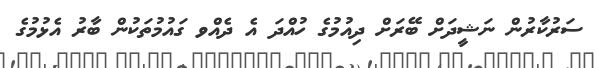
ސަރުކާރުން ނަޝީދަށް ބޭރަށް ދިއުމުގެ ހުއްދަ އެ ދެއްވ ގައުމުތަކުން ބާރު އެޅުމުގެ